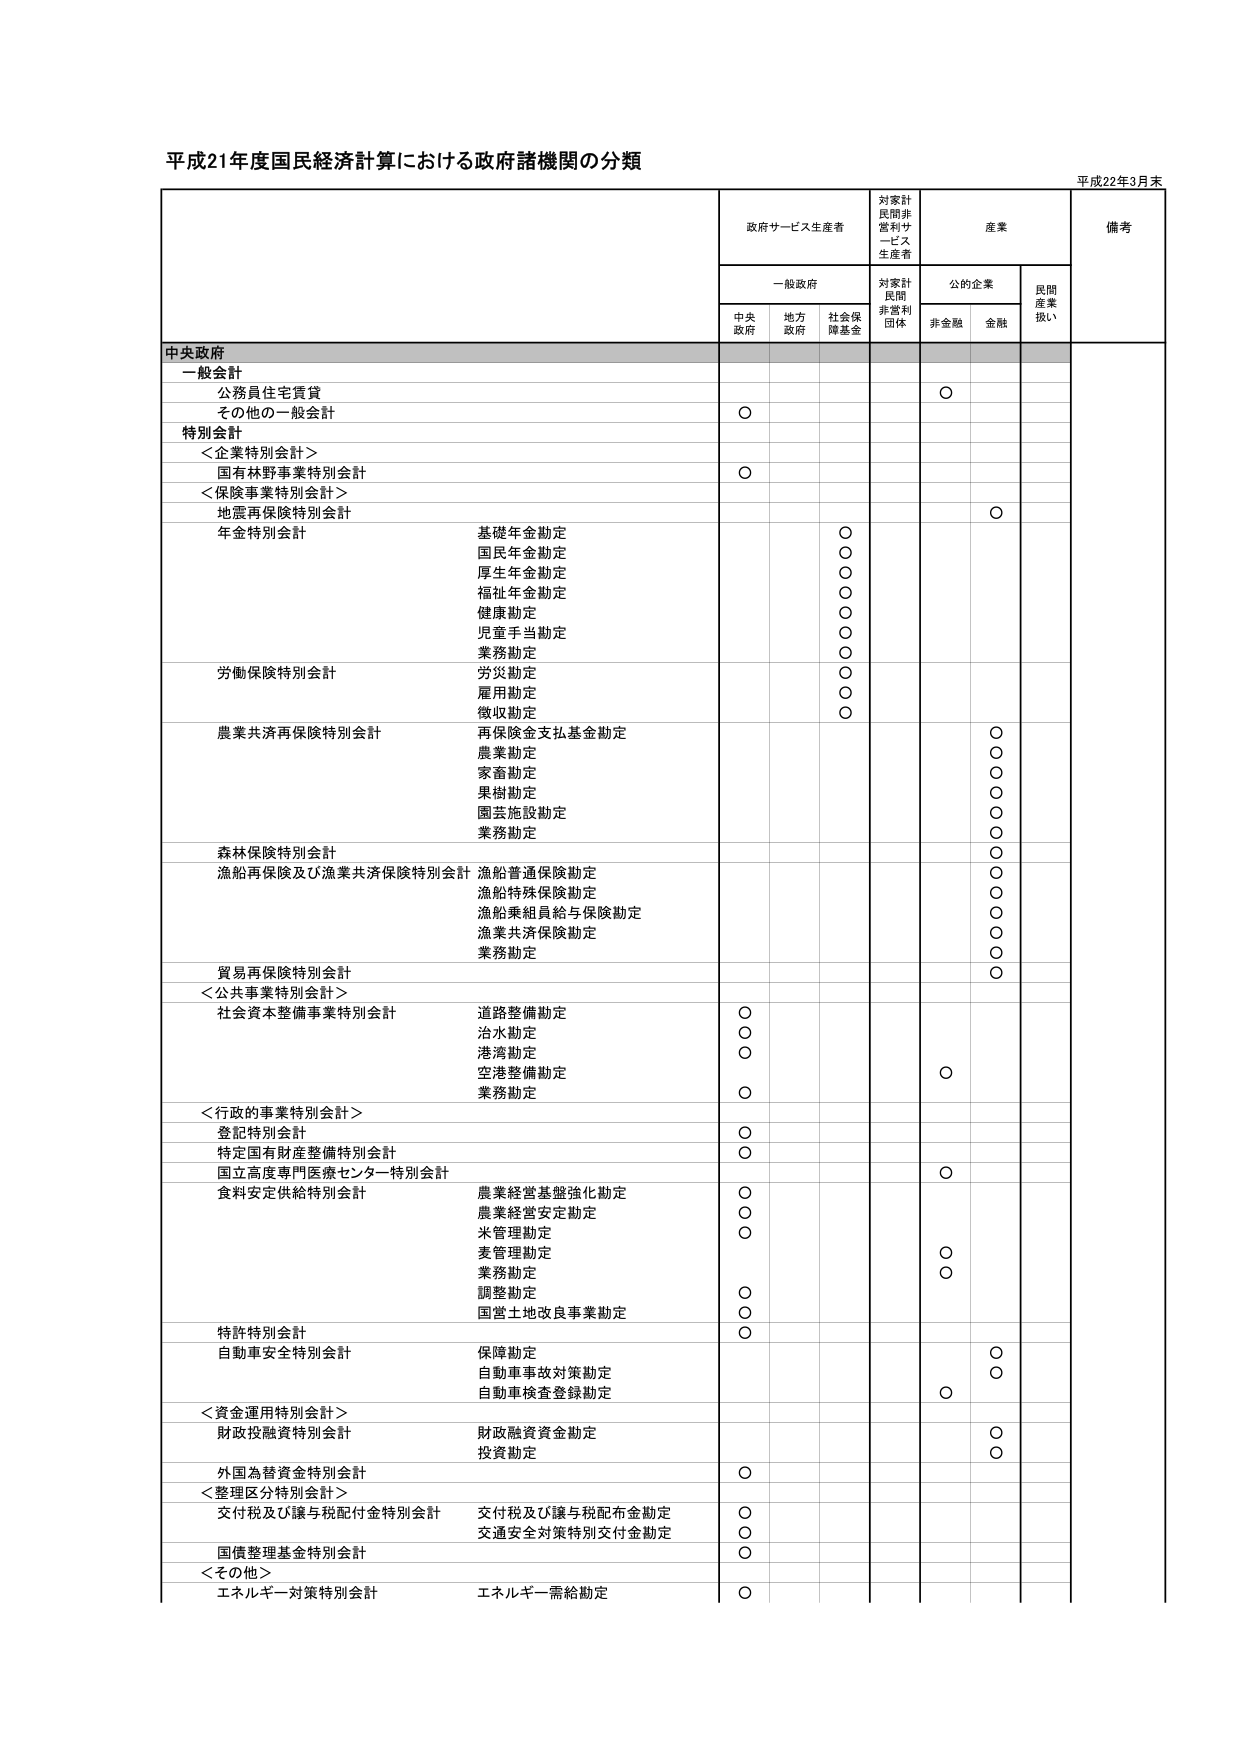
平成21年度国民経済計算における政府諸機関の分類

平成22年3月末

政府サービス生産者
対家計民間非営利サービス生産者
産業
備考

一般政府
対家計民間非営利団体
公的企業
民間産業扱い

中央政府
地方政府
社会保険基金
非金融
金融

中央政府

一般会計
公務員住宅貸付
○
その他的一般会計
○

特別会計
＜企業特別会計＞
国有林野事業特別会計
○

＜保険事業特別会計＞
地震再保険特別会計
○
年金特別会計
基礎年金勘定
○
国民年金勘定
○
厚生年金勘定
○
福祉年金勘定
○
健康勘定
○
児童手当勘定
○
業務勘定
○
労働保険特別会計
労災勘定
○
雇用勘定
○
徴収勘定
○
農業共済再保険特別会計
再保険金支払基金勘定
○
農業勘定
○
家畜勘定
○
果樹勘定
○
園芸施設勘定
○
業務勘定
○
森林保険特別会計
○
漁船再保険及び漁業共済保険特別会計
漁船普通保険勘定
○
漁船特殊保険勘定
○
漁船乗組員給与保険勘定
○
漁業共済保険勘定
○
業務勘定
○
貿易再保険特別会計
○

＜公共事業特別会計＞
社会資本整備事業特別会計
道路整備勘定
○
治水勘定
○
港湾勘定
○
空港整備勘定
○
業務勘定
○

＜行政的事業特別会計＞
登記特別会計
○
特定国有財産整備特別会計
○
国立高度専門医療センター特別会計
○
食料安定供給特別会計
農業経営基盤強化勘定
○
農業経営安定勘定
○
米管理勘定
○
麦管理勘定
○
業務勘定
○
調整勘定
○
国営土地改良事業勘定
○

特許特別会計
○
自動車安全特別会計
保障勘定
○
自動車事故対策勘定
○
自動車検査登録勘定
○

＜資金運用特別会計＞
財政投融资特別会計
財政融資資金勘定
○
投資勘定
○
外国為替資金特別会計
○

＜整理区分特別会計＞
交付税及び譲与税配付金特別会計
交付税及び譲与税配布金勘定
○
交通安全対策特別交付金勘定
○
国債整理基金特別会計
○

＜その他＞
エネルギー対策特別会計
エネルギー需給勘定
○